38_143685_box7_Incident_Summaries_1-100
Agency: Department of War
Page 200
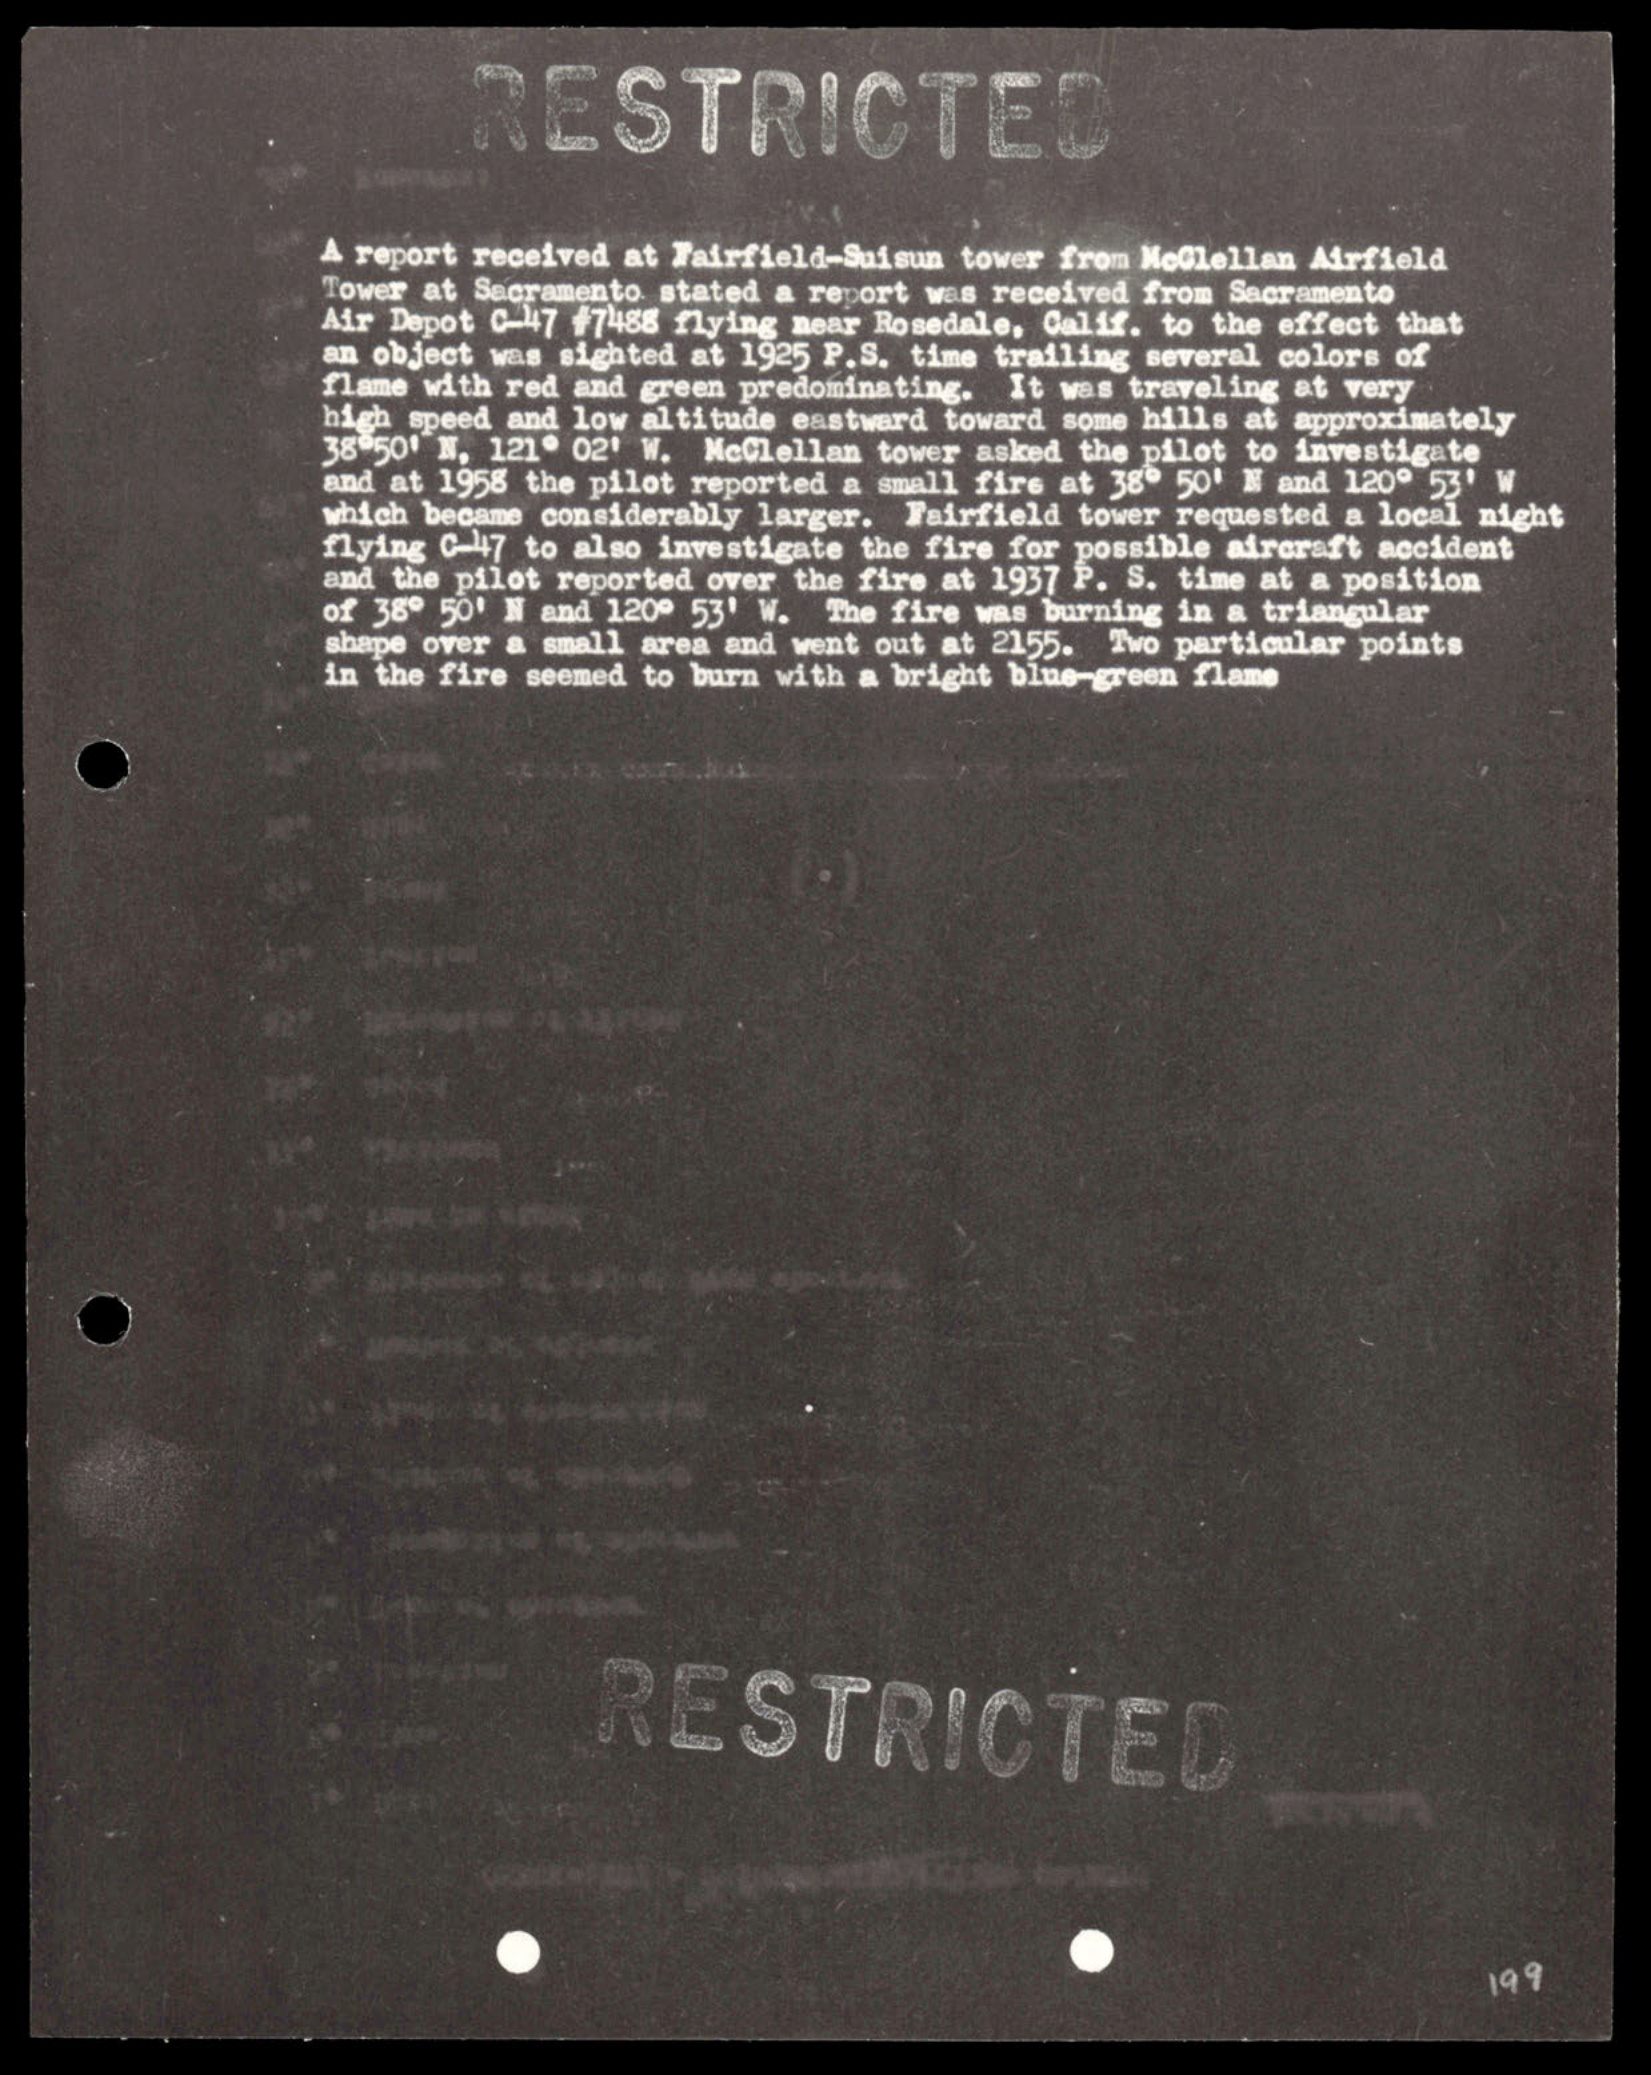